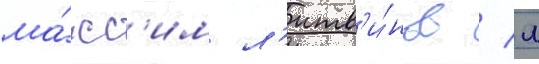
ма́кс'им л'итв'и́нов / л